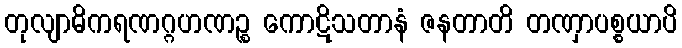
တုလျာဓိကရဏဂ္ဂဟဏဉ္စ ကောဋိသတာနံ ဇနတာတိ တဏှာပစ္စယာပိ